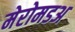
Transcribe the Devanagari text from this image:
मेरोमडअ